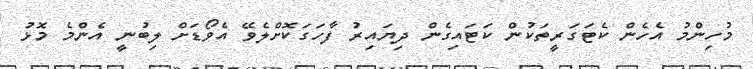
މުހިންމު އެހެން ކެޓަގަރީތަކުން ކަޓައިގެން ދިޔައިރު ފާހަގަކޮށްލެވޭ އެވޯޑަށް ލިބުނީ އެންމެ މޮޅު